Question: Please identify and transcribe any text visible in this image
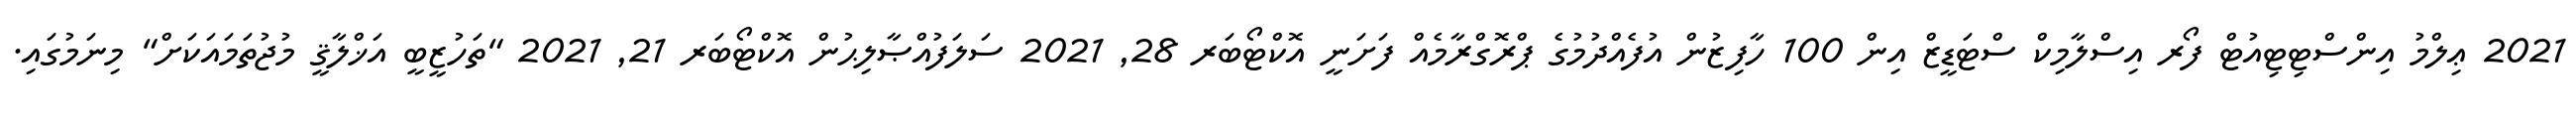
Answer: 2021 ޢިލްމު އިންސްޓިޓިއުޓް ފޯރ އިސްލާމިކް ސްޓަޑީޒް އިން 100 ހާފިޒުން އުފެއްދުމުގެ ޕްރޮގްރާމެއް ފަށަނީ އޮކްޓޯބަރ 28, 2021 ސަލަފުއްޞާލިޙުން އޮކްޓޯބަރ 21, 2021 "ތަހުޒީބީ އަޚްލާޤީ މުޖުތަމައަކަށް" މިނަމުގައި.